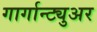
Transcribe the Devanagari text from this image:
गार्गान्ट्युअर